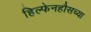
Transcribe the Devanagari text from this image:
हिल्फेनहौसच्या